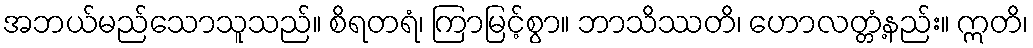
အဘယ်မည်သောသူသည်။ စိရတရံ၊ ကြာမြင့်စွာ။ ဘာသိဿတိ၊ ဟောလတ္တံ့နည်း။ ဣတိ၊